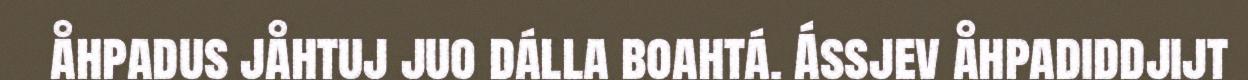
åhpadus jåhtuj juo dálla boahtá. Ássjev åhpadiddjijt